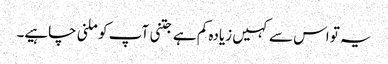
یہ تو اس سے کہیں زیادہ کم ہے جتنی آپ کو ملنی چاہیے۔